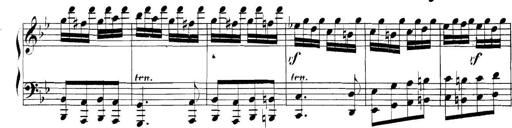
Title: Collected Piano Sonatas
Composer: Muzio Clementi